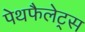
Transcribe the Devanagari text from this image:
पेथफैलेट्स